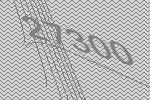
27300